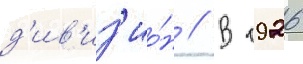
д'ив'из'ио́н // В 1926